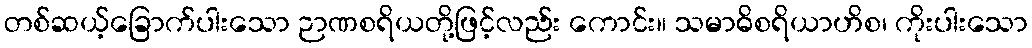
တစ်ဆယ့်ခြောက်ပါးသော ဉာဏစရိယတို့ဖြင့်လည်း ကောင်း။ သမာဓိစရိယာဟိစ၊ ကိုးပါးသော